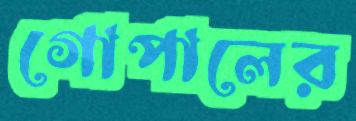
গোপালের